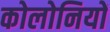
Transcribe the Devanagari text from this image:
कोलोनियों